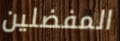
المفضلين